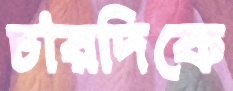
চারদিকে